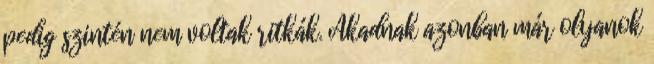
pedig szintén nem voltak ritkák. Akadnak azonban már olyanok